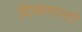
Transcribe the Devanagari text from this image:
दिव्यगानों